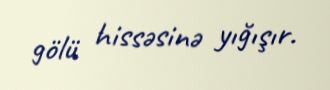
gölü hissəsinə yığışır.